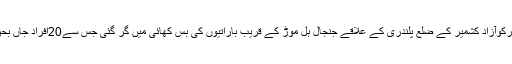
تفصیلات کے مطابق اتوارکوآزاد کشمیر کے ضلع پلندری کے علاقے جنجال ہل موڑ کے قریب باراتیوں کی بس کھائی میں گر گئی جس سے20افراد جاں بحق اور 25زخمی ہو گئے۔